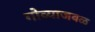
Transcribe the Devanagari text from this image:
गोव्याजवळ